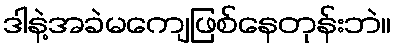
ဒါနဲ့အခဲမကျေဖြစ်နေတုန်းဘဲ။